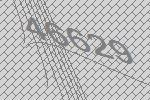
46629